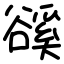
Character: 豀